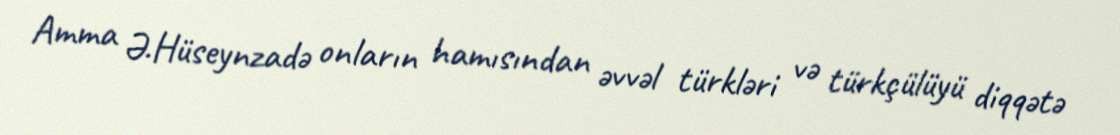
Amma Ə.Hüseynzadə onların hamısından əvvəl türkləri və türkçülüyü diqqətə